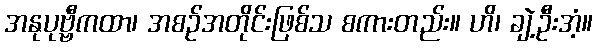
အနုပုဗ္ဗီကထာ၊ အစဉ်အတိုင်းဖြစ်သ စကားတည်း။ ဟိ၊ ချဲ့ဦးအံ့။